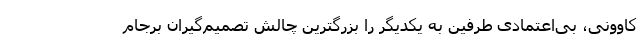
کاوونی، بی‌اعتمادی طرفین به یکدیگر را بزرگترین چالش تصمیم‌گیران برجام